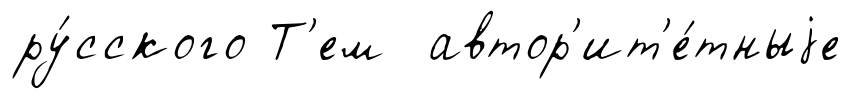
ру́сского Т'ем автор'ит'е́тныjе